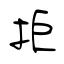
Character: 拒